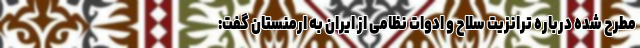
مطرح شده درباره ترانزیت سلاح و ادوات نظامی از ایران به ارمنستان گفت: